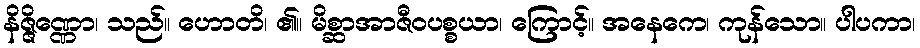
နိဇ္ဇိဏ္ဏော၊ သည်။ ဟောတိ၊ ၏။ မိစ္ဆာအာဇီဝပစ္စယာ၊ ကြောင့်။ အနေကေ၊ ကုန်သော။ ပါပကာ၊